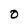
Character: O